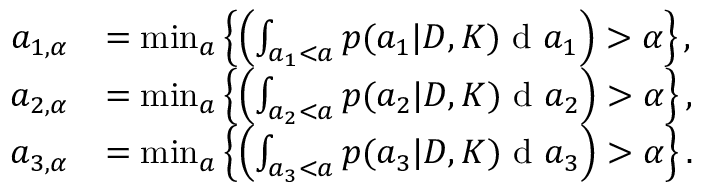
\begin{array} { r l } { a _ { 1 , \alpha } } & { = \operatorname* { m i n } _ { a } \left\{ \left( \int _ { a _ { 1 } < a } p ( a _ { 1 } | D , K ) \textup { d } a _ { 1 } \right) > \alpha \right\} , } \\ { a _ { 2 , \alpha } } & { = \operatorname* { m i n } _ { a } \left\{ \left( \int _ { a _ { 2 } < a } p ( a _ { 2 } | D , K ) \textup { d } a _ { 2 } \right) > \alpha \right\} , } \\ { a _ { 3 , \alpha } } & { = \operatorname* { m i n } _ { a } \left\{ \left( \int _ { a _ { 3 } < a } p ( a _ { 3 } | D , K ) \textup { d } a _ { 3 } \right) > \alpha \right\} . } \end{array}